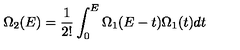
\Omega _ { 2 } ( E ) = \frac { 1 } { 2 ! } \int _ { 0 } ^ { E } \Omega _ { 1 } ( E - t ) \Omega _ { 1 } ( t ) d t